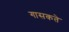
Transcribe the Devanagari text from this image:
गासकते